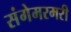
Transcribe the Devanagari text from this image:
संगेमरमरी